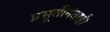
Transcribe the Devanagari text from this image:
प्रसूतीनंतरही